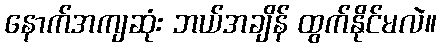
နောက်အကျဆုံး ဘယ်အချိန် ထွက်နိုင်မလဲ။